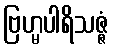
ဗြဟ္မပါရိသဇ္ဇံ